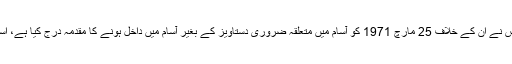
انڈین اخبار ہندوستان ٹائمز کے مطابق اجمل کو جاری کیے گئے نوٹس کے مطابق ضلعی پولیس نے ان کے خلاف 25 مارچ 1971 کو آسام میں متعلقہ ضروری دستاویز کے بغیر آسام میں داخل ہونے کا مقدمہ درج کیا ہے، اسی رات پاکستان آرمی نے اس وقت کے مشرقی پاکستان میں آپریشن سرچ لائٹ کا آغاز کیا تھا۔